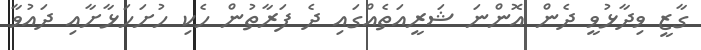
ގާޒީ ވިދާޅުވީ ދެން އޮންނަ ޝަރީއަތެއްގައި ދެ ފަރާތުން ހެކި ހުށަހަޅާށާއި ދައުވާ